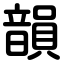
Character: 韻